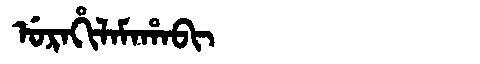
Manchu: ᡠᡵᠠᡥᡳᠯᠠᠮᠠᡥᠠᠪᡳ
Romanization: URAHILAMAHABI